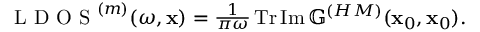
\begin{array} { r } { \textrm { L D O S } ^ { ( m ) } ( \omega , \mathbf { x } ) = \frac { 1 } { \pi \omega } \operatorname { T r } \operatorname { I m } \mathbb { G } ^ { ( H M ) } ( \mathbf { x } _ { 0 } , \mathbf { x } _ { 0 } ) . } \end{array}